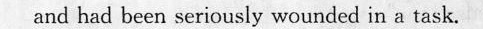
and bad leen sericusly wour lel in sa task,